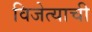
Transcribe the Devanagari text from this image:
विजेत्याची